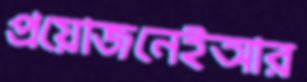
প্রয়োজনেইআর